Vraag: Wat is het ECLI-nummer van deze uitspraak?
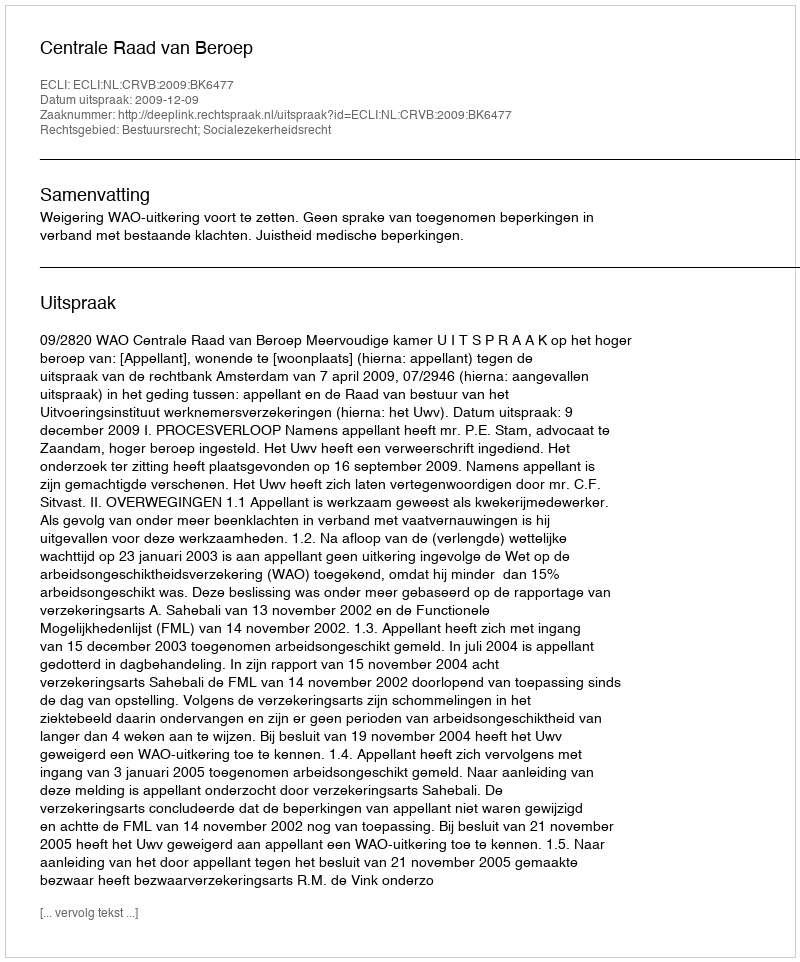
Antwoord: ECLI:NL:CRVB:2009:BK6477